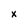
Character: x